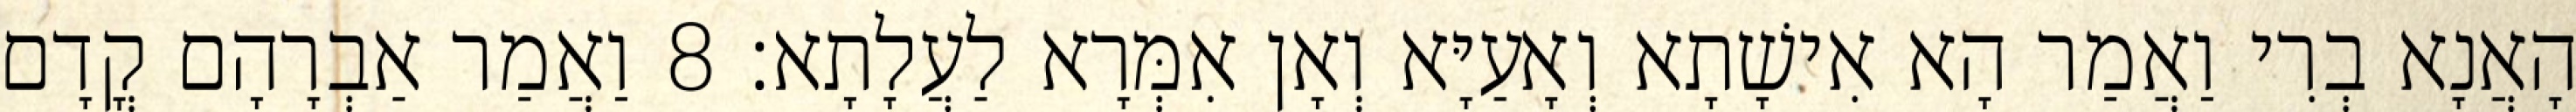
הָאֲנָא בְרִי וַאֲמַר הָא אִישָׁתָא וְאָעַיָּא וְאָן אִמְּרָא לַעֲלָתָא׃ 8 וַאֲמַר אַבְרָהָם קֳדָם